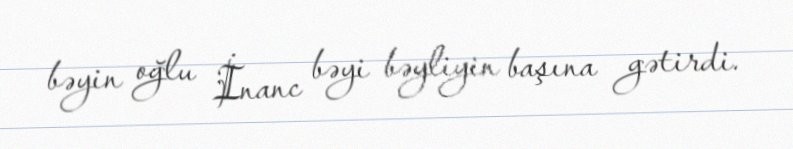
bəyin oğlu İnanc bəyi bəyliyin başına gətirdi.